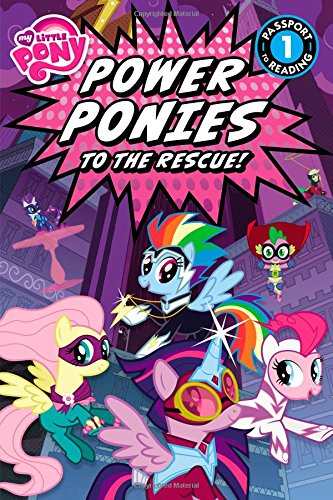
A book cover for My Little Pony: Power Ponies to the Rescue! (Passport to Reading Level 1); Magnolia Belle; Children's Books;